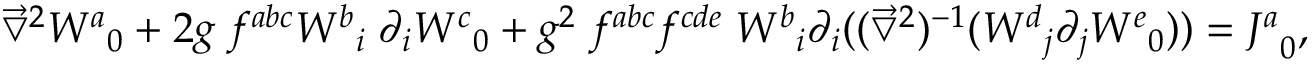
\vec { \bigtriangledown } ^ { 2 } { W ^ { a } } _ { 0 } + 2 g \; f ^ { a b c } { W ^ { b } } _ { i } \; \partial _ { i } { W ^ { c } } _ { 0 } + g ^ { 2 } \; f ^ { a b c } f ^ { c d e } \; { W ^ { b } } _ { i } \partial _ { i } ( ( \vec { \bigtriangledown } ^ { 2 } ) ^ { - 1 } ( { W ^ { d } } _ { j } \partial _ { j } { W ^ { e } } _ { 0 } ) ) = { J ^ { a } } _ { 0 } ,